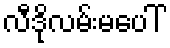
လီဒိုလမ်းမပေါ်